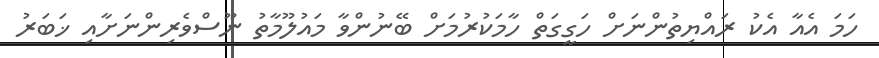
ހަމަ އެއާ އެކު ރައްޔިތުންނަށް ހަގީގަތް ހާމަކުރުމަށް ބޭނުންވާ މައުލޫމާތު ނޫސްވެރިންނަށާއި ޚަބަރު